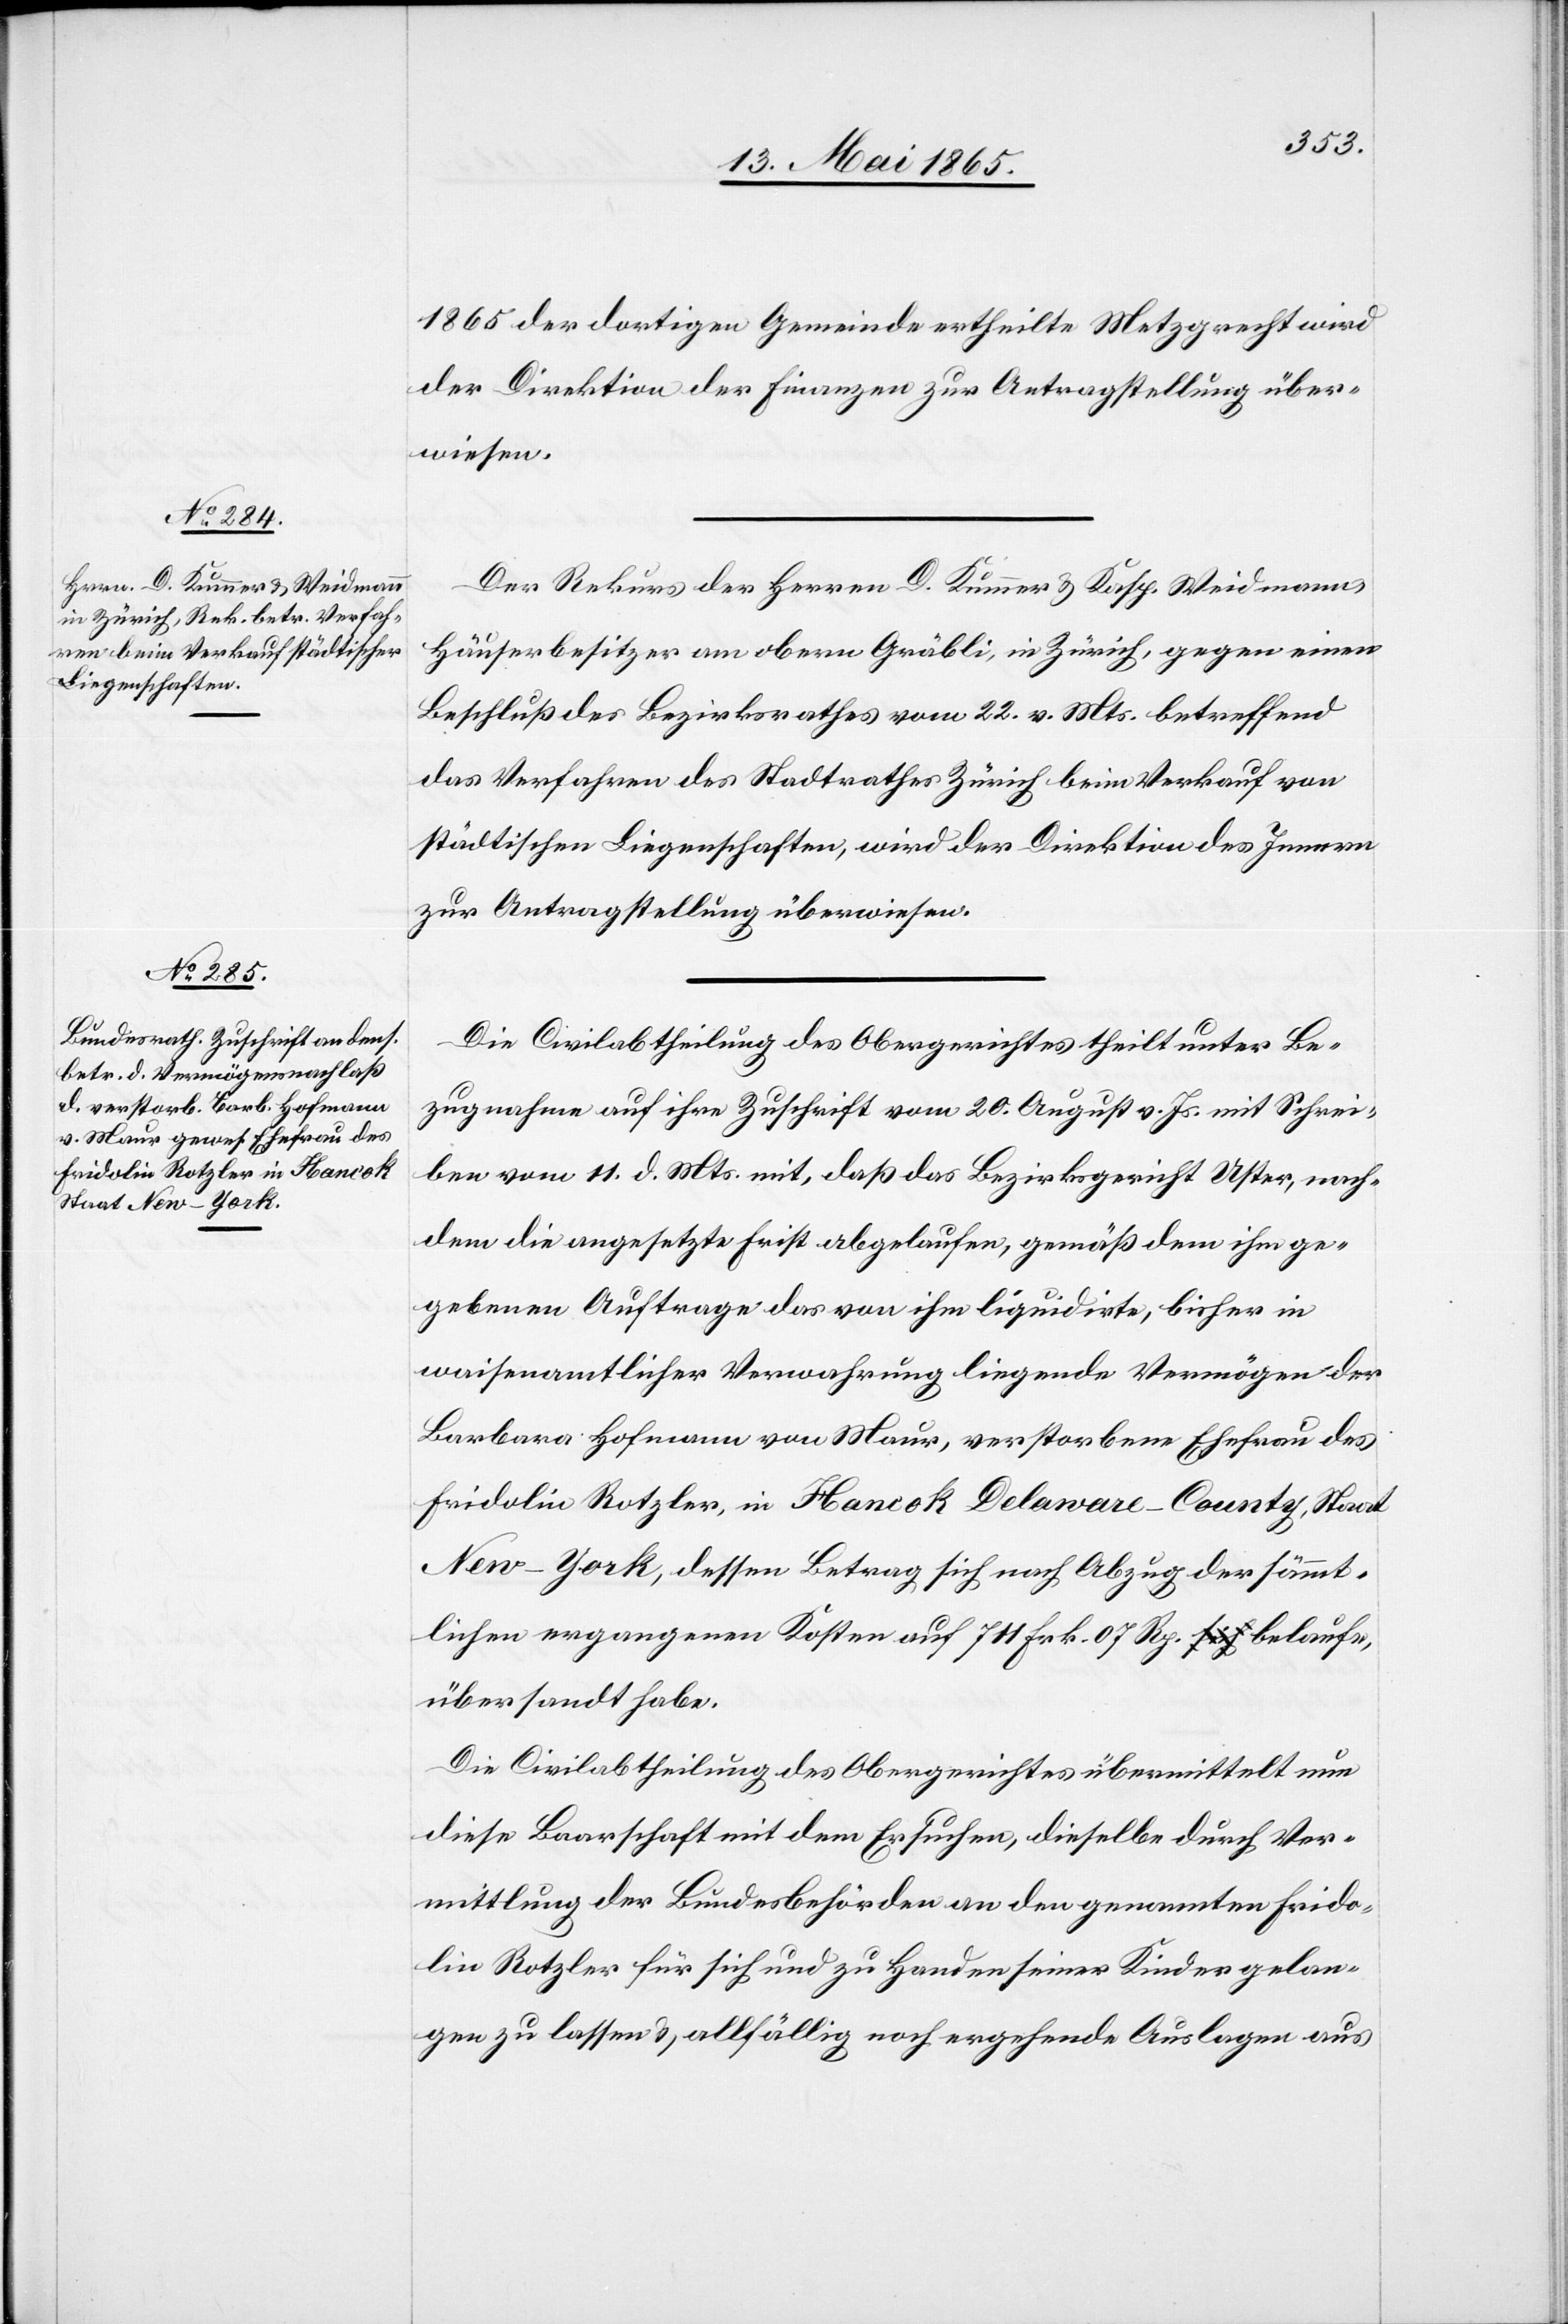
13. Mai 1865.]
1865 der dortigen Gemeinde ertheilte Metzgrecht wird
der Direktion der Finanzen zur Antragstellung über¬
wiesen.
Der Rekurs der Herren D. Kummer & Kasp. Weidmann,
Häuserbesitzer am obern Gräbli, in Zürich, gegen einen
Beschluß des Bezirksrathes vom 22. v. Mts. betreffend
das Verfahren des Stadtrathes Zürich beim Verkauf von
städtischen Liegenschaften, wird der Direktion des Innern
zur Antragstellung überwiesen.
Die Civilabtheilung des Obergerichtes theilt unter Be¬
zugnahme auf ihre Zuschrift vom 20. August v. Js. mit Schrei¬
ben vom 11. d. Mts. mit, daß das Bezirksgericht Uster, nach¬
dem die angesetzte Frist abgelaufen, gemäß dem ihm ge¬
gebenen Auftrage das von ihm liquidirte, bisher in
waisenamtlicher Verwahrung liegende Vermögen der
Barbara Hofmann von Maur, verstorbene Ehefrau des
Fridolin Rotzler, in Hancok Delaware-County, Staat
New-York, dessen Betrag sich nach Abzug der sämmt¬
lichen ergangenen Kosten auf 711 Frk. 07 Rp. belaufe,
übersandt habe.
Die Civilabtheilung des Obergerichtes übermittelt nun
diese Baarschaft mit dem Ersuchen, dieselbe durch Ver¬
mittlung der Bundesbehörden an den genannten Frido¬
lin Rotzler für sich und zu Handen seiner Kinder gelan¬
gen zu lassen & allfällig noch ergehende Auslagen aus